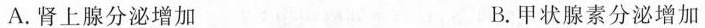
A.肾上腺分泌增加 B.甲状腺素分泌增加